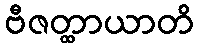
ဗီဇတ္ထာယာတိ